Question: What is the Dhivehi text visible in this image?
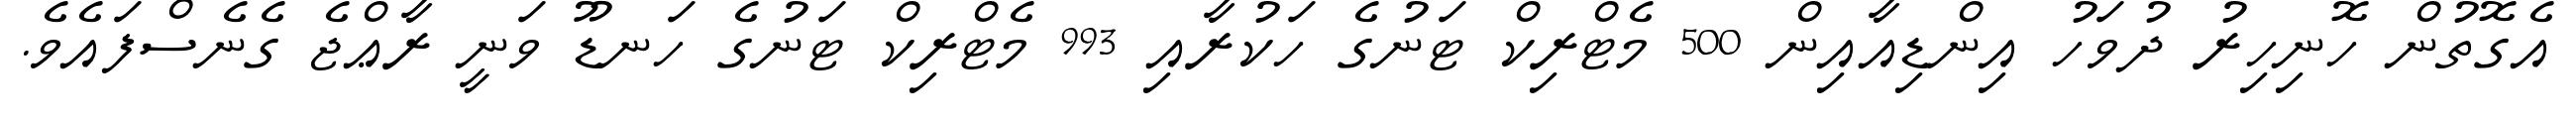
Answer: އެގޮތުން ހޮނިހިރު ދުވަހު އިންޑިއާއިން 500 މެޓްރިކް ޓަނުގެ ހަކުރާއި 993 މެޓްރިކް ޓަނުގެ ހަނޑޫ ވަނީ ރާޢްޖެ ގެނެސްފައެވެ.